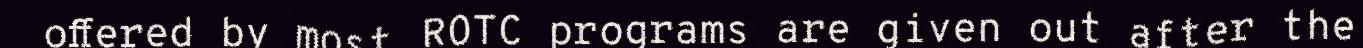
offered by most ROTC programs are given out after the